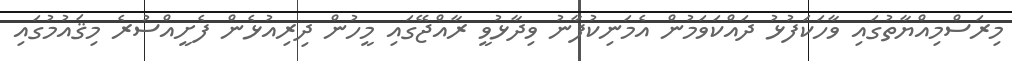
މިރަސްމިއްޔާތުގައި ވާހަކަފުޅު ދައްކަވަމުން އެމަނިކުފާނު ވިދާޅުވީ ރާއްޖޭގައި މީހުން ދިރިއުޅެން ފެށީއްސުރެ މިޤައުމުގައި